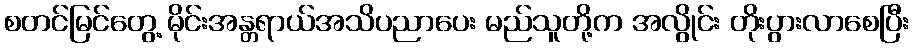
စတင်မြင်တွေ့ မိုင်းအန္တရာယ်အသိပညာပေး မည်သူတို့က အလွိုင်း တိုးပွားလာစေပြီး